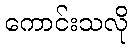
ကောင်းသလို